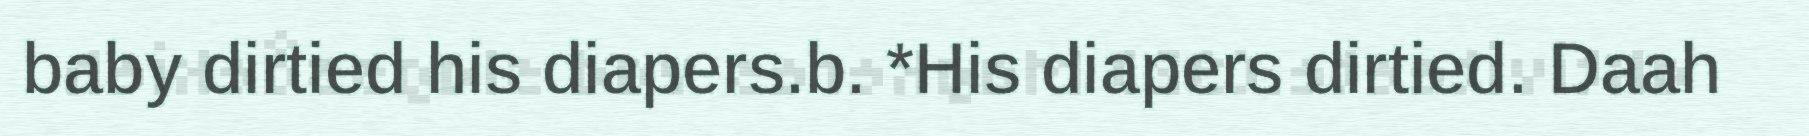
baby dirtied his diapers.b. *His diapers dirtied. Daah